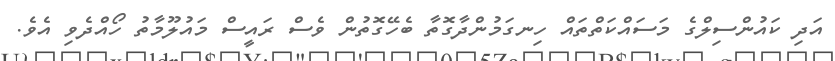
އަދި ކައުންސިލްގެ މަސައްކަތްތައް ހިނގަމުންދާގޮތާ ބެހޭގޮތުން ވެސް ރައީސް މައުލޫމާތު ހޯއްދެވި އެވެ.